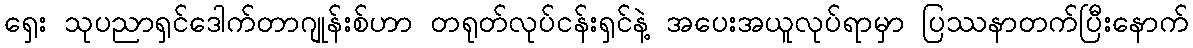
ရှေး သုပညာရှင်ဒေါက်တာဂျုန်းစ်ဟာ တရုတ်လုပ်ငန်းရှင်နဲ့ အပေးအယူလုပ်ရာမှာ ပြဿနာတက်ပြီးနောက်